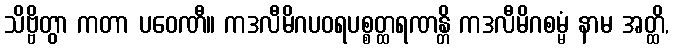
သိဗ္ဗိတွာ ကတာ ပဝေဏီ။ ကဒလီမိဂပဝရပစ္စတ္ထရဏန္တိ ကဒလီမိဂစမ္မံ နာမ အတ္ထိ,